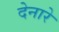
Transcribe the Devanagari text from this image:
देनारे